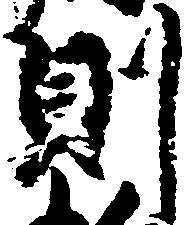
則